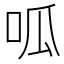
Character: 呱